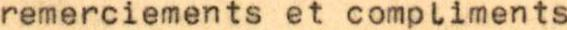
remerciements et compliments